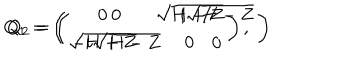
Q _ { 1 } = \left( \begin{array} { c c } { { 0 } } & { { \sqrt { H + Z } } } \\ { { \sqrt { H + Z } } } & { { 0 } } \\ \end{array} \right) , \hspace { 2 c m } Q _ { 2 } = \left( \begin{array} { c c } { { 0 } } & { { i \sqrt { H - Z } } } \\ { { - i \sqrt { H - Z } } } & { { 0 } } \\ \end{array} \right)